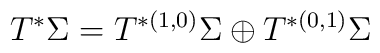
T^{*}\Sigma=T^{*(1,0)}\Sigma\oplus T^{*(0,1)}\Sigma